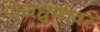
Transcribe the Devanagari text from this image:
पायधुणीवर